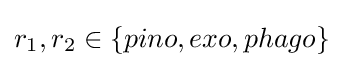
r_{1},r_{2}\in \{pino,exo,phago\}